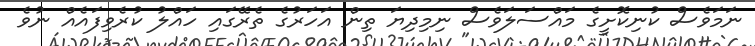
ނަމަވެސް ކުނިކޮށީގެ މައްސަލަވެސް ނިމިދިޔަ ތިން އަހަރުގެ ތެރޭގައި ހައްލު ކުރެވިފައެއް ނުވެ